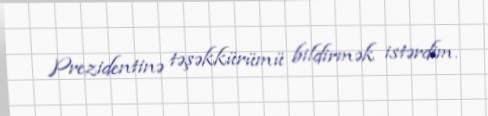
Prezidentinə təşəkkürümü bildirmək istərdim.